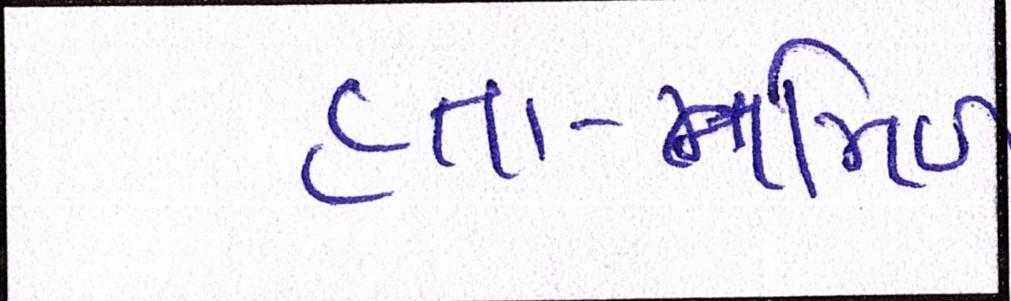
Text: હતા-તમિળ